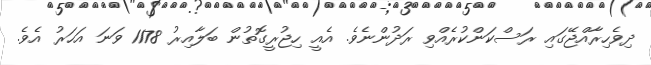
ދިވެހިރާއްޖޭގައި ރަސްކަންކުރެއްވި ރަދުންނެވެ. އެއީ ހިޖުރީގޮތުން ބަލާއިރު 1178 ވަނަ އަހަރު އެވެ.